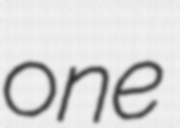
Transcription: one